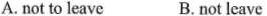
A. not to leave B. not leave